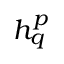
h _ { q } ^ { p }